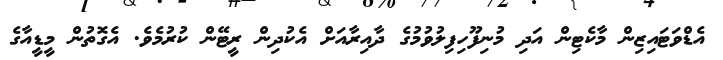
އެޑްވަޓައިޒިން މާކެޓިން އަދި މުނިފޫހިފިލުވުމުގެ ދާއިރާއަށް އެކުދިން ރީޓޭން ކުރުމެވެ. އެގޮތުން މީޑީއާގެ